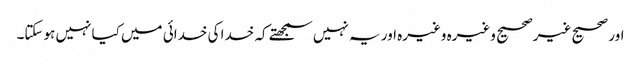
اور صحیح غیرصحیح وغیرہ وغیرہ اور یہ نہیں سمجھتے کہ خدا کی خدائی میں کیا نہیں ہوسکتا۔